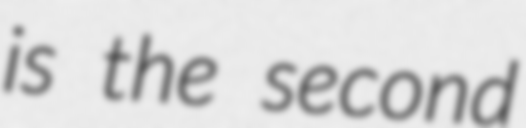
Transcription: is the second